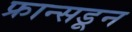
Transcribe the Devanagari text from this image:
फ्रान्सडून